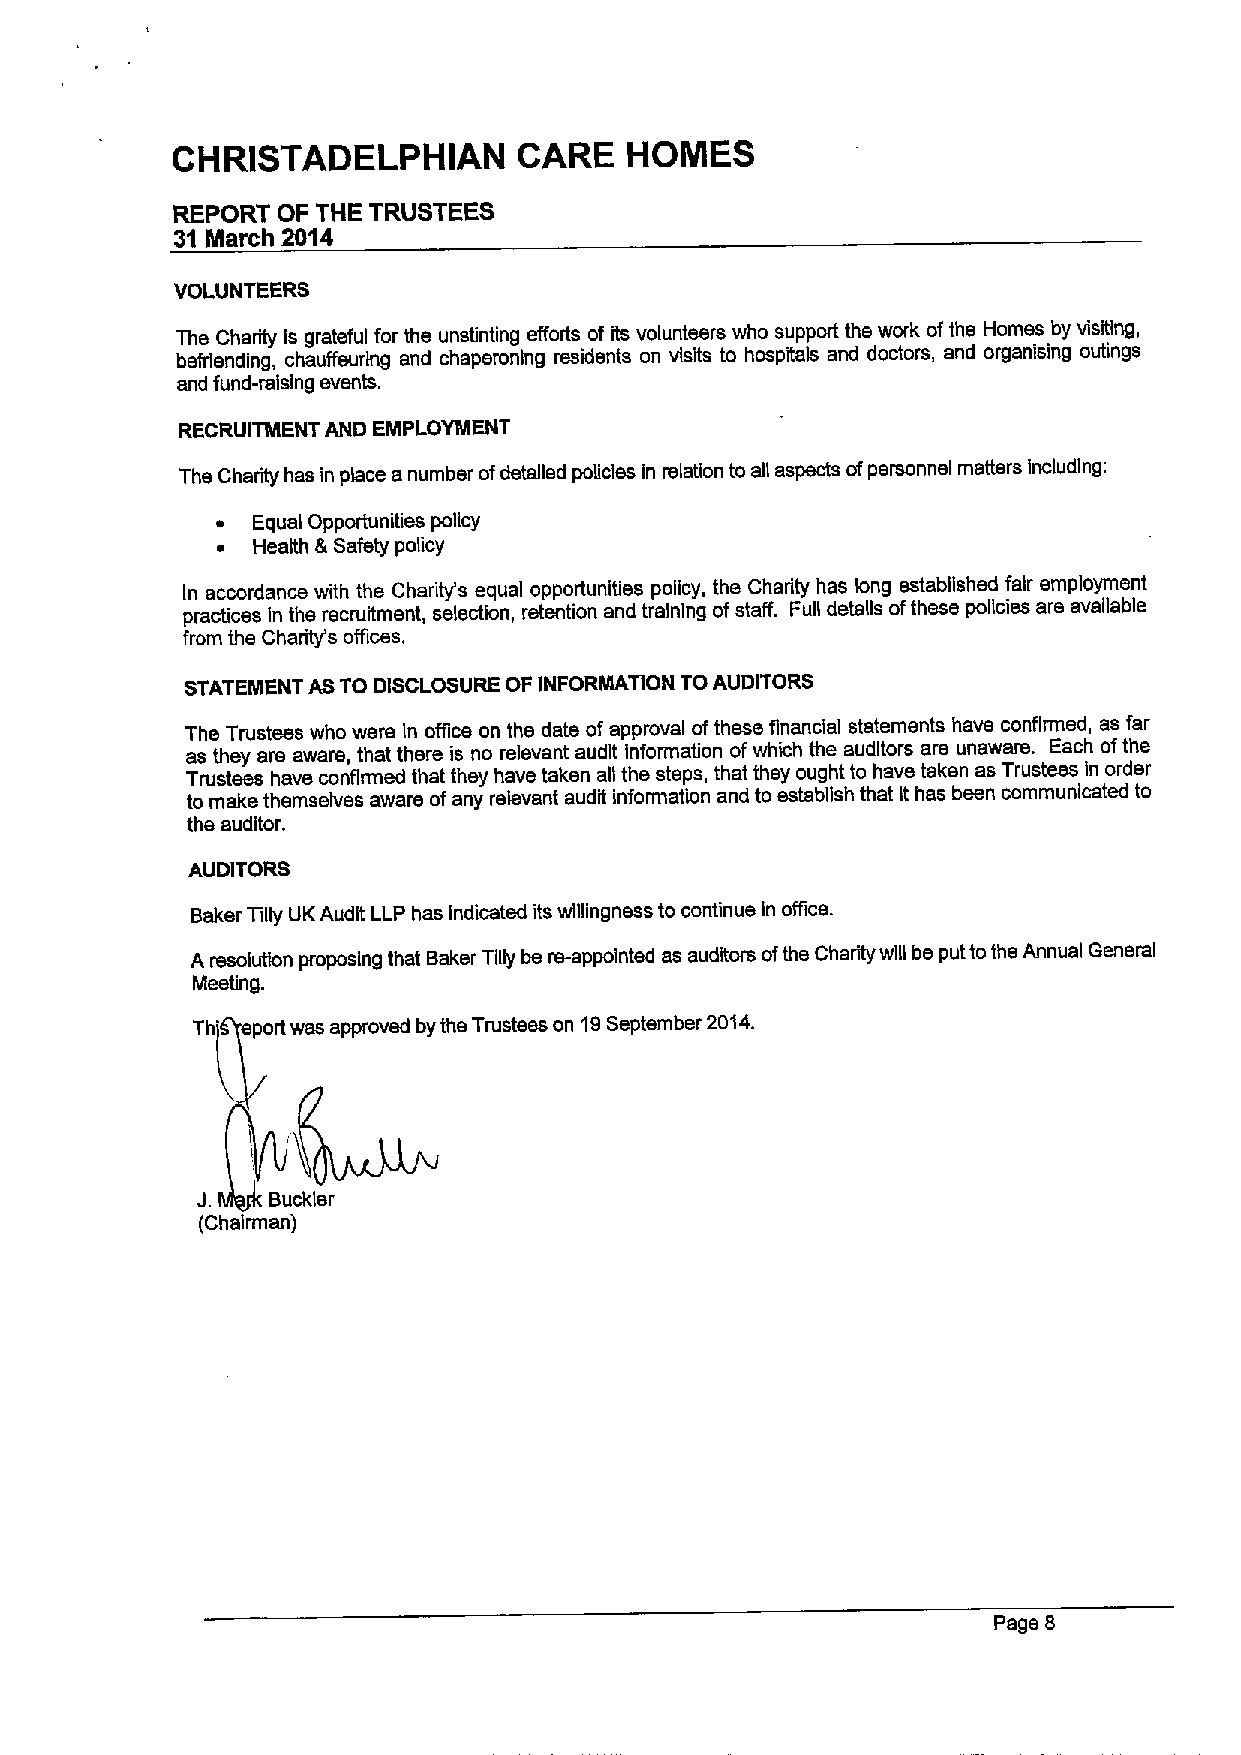
CHRISTADELPHIAN        CARE    HOMES
 REPORT OF THE TRUSTEES
 31Nlarch 2014
 VOLUNTEERS
 The Charity Is grateful for the unstinting efforts of its volunteers who support the work ofthe Homes by visiting,
 befriending, chauffeuring and chaperoning residents on visits to hospitals and doctors, and organising outings
 and fund-raising events.
 RECRUITMENT AND EMPLOYMENT
 The Charity has in place a number ofdetailed policies in relation to all aspects ofpersonnel matters including:
 ~  Equal Opportunities policy
 ~  Health &Safety policy
 In accordance with the Charity's equal opportunities policy, the Charity has Iong established fair employment
 practices in the recruitment, selection, retention and training ofstaff. Full details ofthese policies are available
 from the Charity's offices.
 STATEMENT ASTO DISCLOSURE OF INFORMATION TOAUDITORS
 The Trustees who were In office on the date ofapproval ofthese financial statements have confirmed, as far
 as they are aware, that there is no relevant audit Information ofwhich the auditors are unaware. Each ofthe
 Trustees have confirmed that they have taken all the steps, that they ought to have taken as Trustees In order
 to make themselves aware ofany relevant audit information and to establish that It has been communicated to
 the auditor.
 AUDITORS
 Baker Tilly UK Audit LLP has Indicated its willingness to continue ln office.
 A resolution proposing that Baker Tilly be re-appointed as auditors ofthe Charity will be put tothe Annual General
 Meeting.
 Th  port was approved by the Trustees on 19September 2014.
 Buckler
 (Chairman)
 Page 8